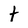
Character: t